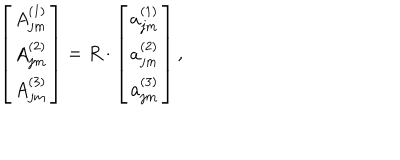
LaTeX: \left[ \begin{array} { c } { { A _ { j m } ^ { ( 1 ) } } } \\ { { A _ { j m } ^ { ( 2 ) } } } \\ { { A _ { j m } ^ { ( 3 ) } } } \\ \end{array} \right] = R \cdot \left[ \begin{array} { c } { { a _ { j m } ^ { ( 1 ) } } } \\ { { a _ { j m } ^ { ( 2 ) } } } \\ { { a _ { j m } ^ { ( 3 ) } } } \\ \end{array} \right] ,